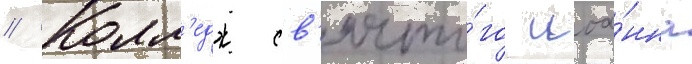
// Колл'едж св'ято́го иоа́нна